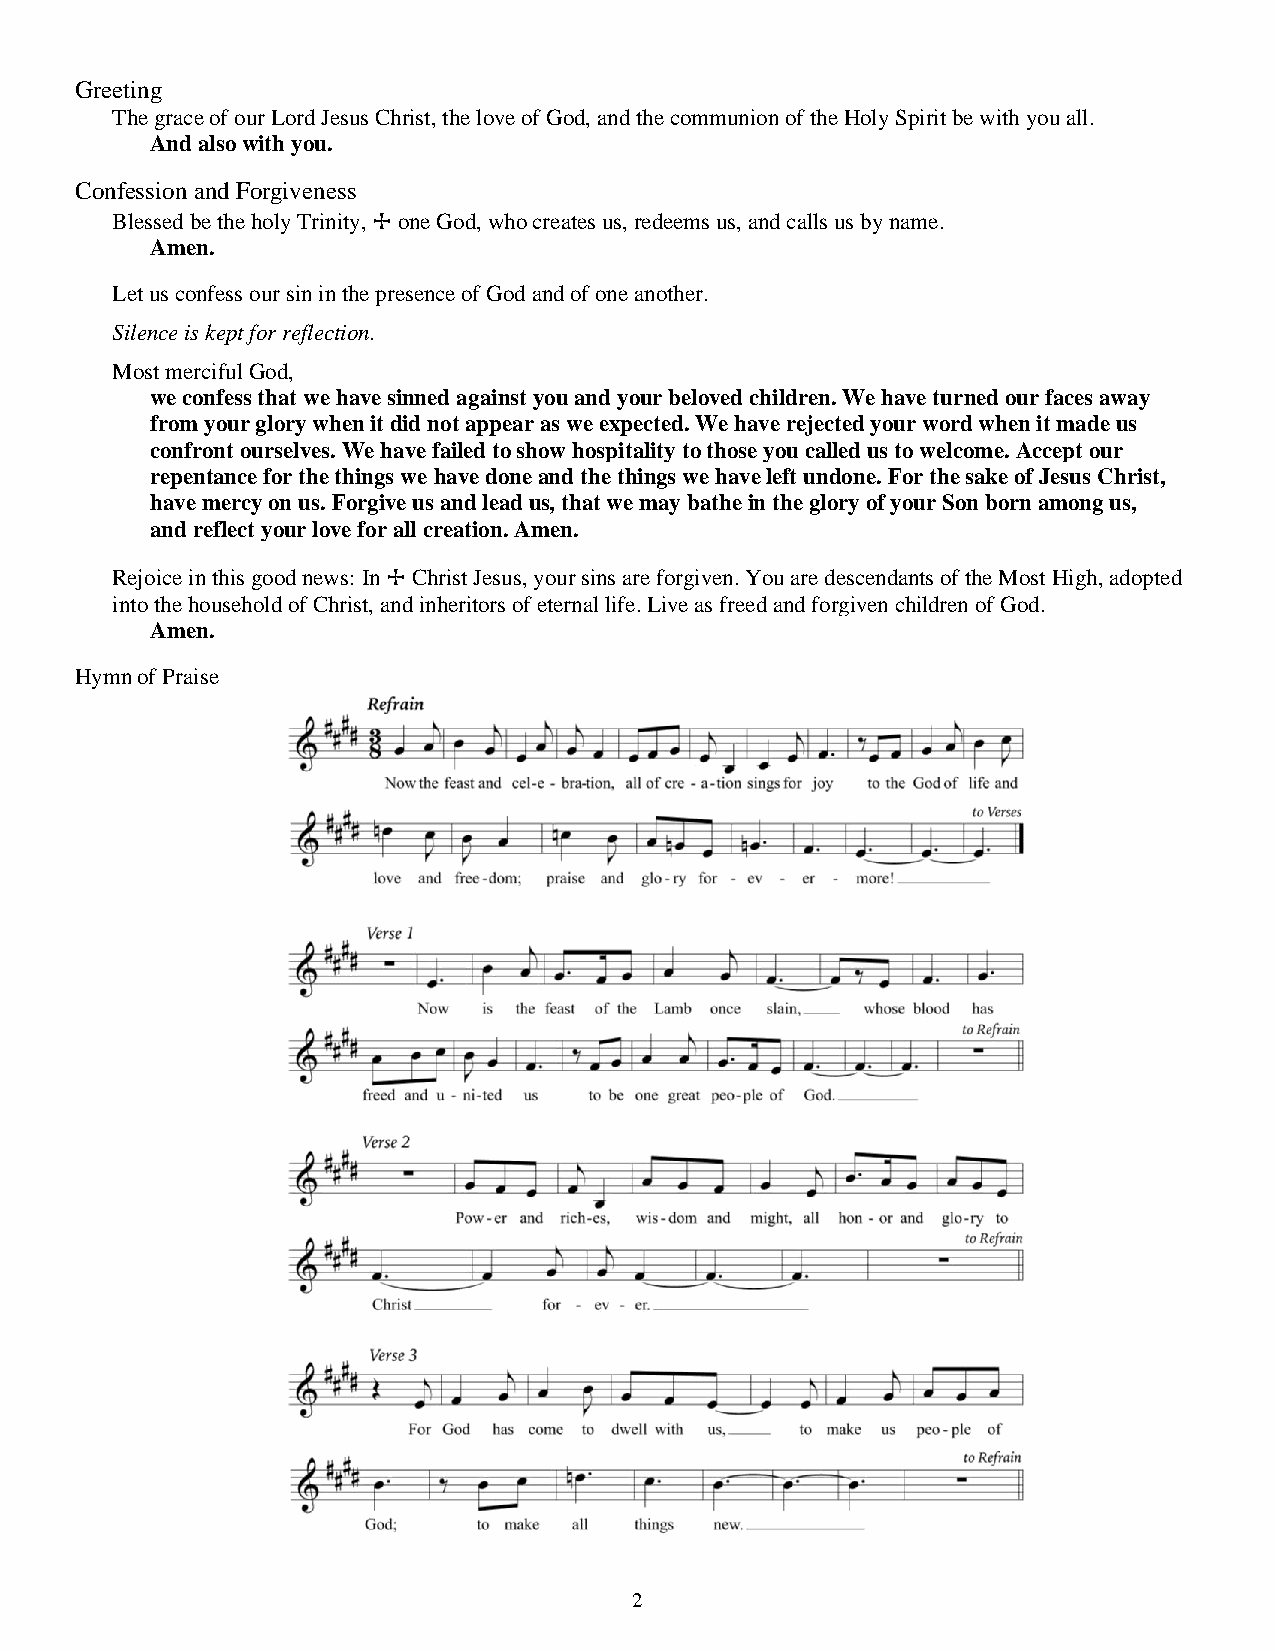
Greeting
 The grace of our Lord Jesus Christ, the love of God, and the communion of the Holy Spirit be with you all.
 And also with you.
 Confession and Forgiveness
 Blessed be the holy Trinity, + one God, who creates us, redeems us, and calls us by name.
 Amen.
 Let us confess our sin in the presence of God and of one another.
 Silence is kept for reflection.
 Most merciful God,
 we confess that we have sinned against you and your beloved children. We have turned our faces away
 from your glory when it did not appear as we expected. We have rejected your word when it made us
 confront ourselves. We have failed to show hospitality to those you called us to welcome. Accept our
 repentance for the things we have done and the things we have left undone. For the sake of Jesus Christ,
 have mercy on us. Forgive us and lead us, that we may bathe in the glory of your Son born among us,
 and reflect your love for all creation. Amen.
 Rejoice in this good news: In + Christ Jesus, your sins are forgiven. You are descendants of the Most High, adopted
 into the household of Christ, and inheritors of eternal life. Live as freed and forgiven children of God.
 Amen.
 Hymn of Praise
 2